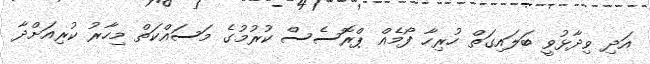
އަދި ވިދާޅުވީ ބަލައިގަތް ހުރިހާ ފޯމެއް ޕްރޮސެސް ކުރުމުގެ މަސައްކަތް މިހާރު ކުރިއަށްދާ